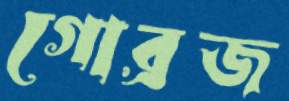
গোব্রজ